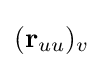
(\mathbf {r} _{uu})_{v}